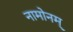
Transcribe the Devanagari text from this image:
नामोनम्